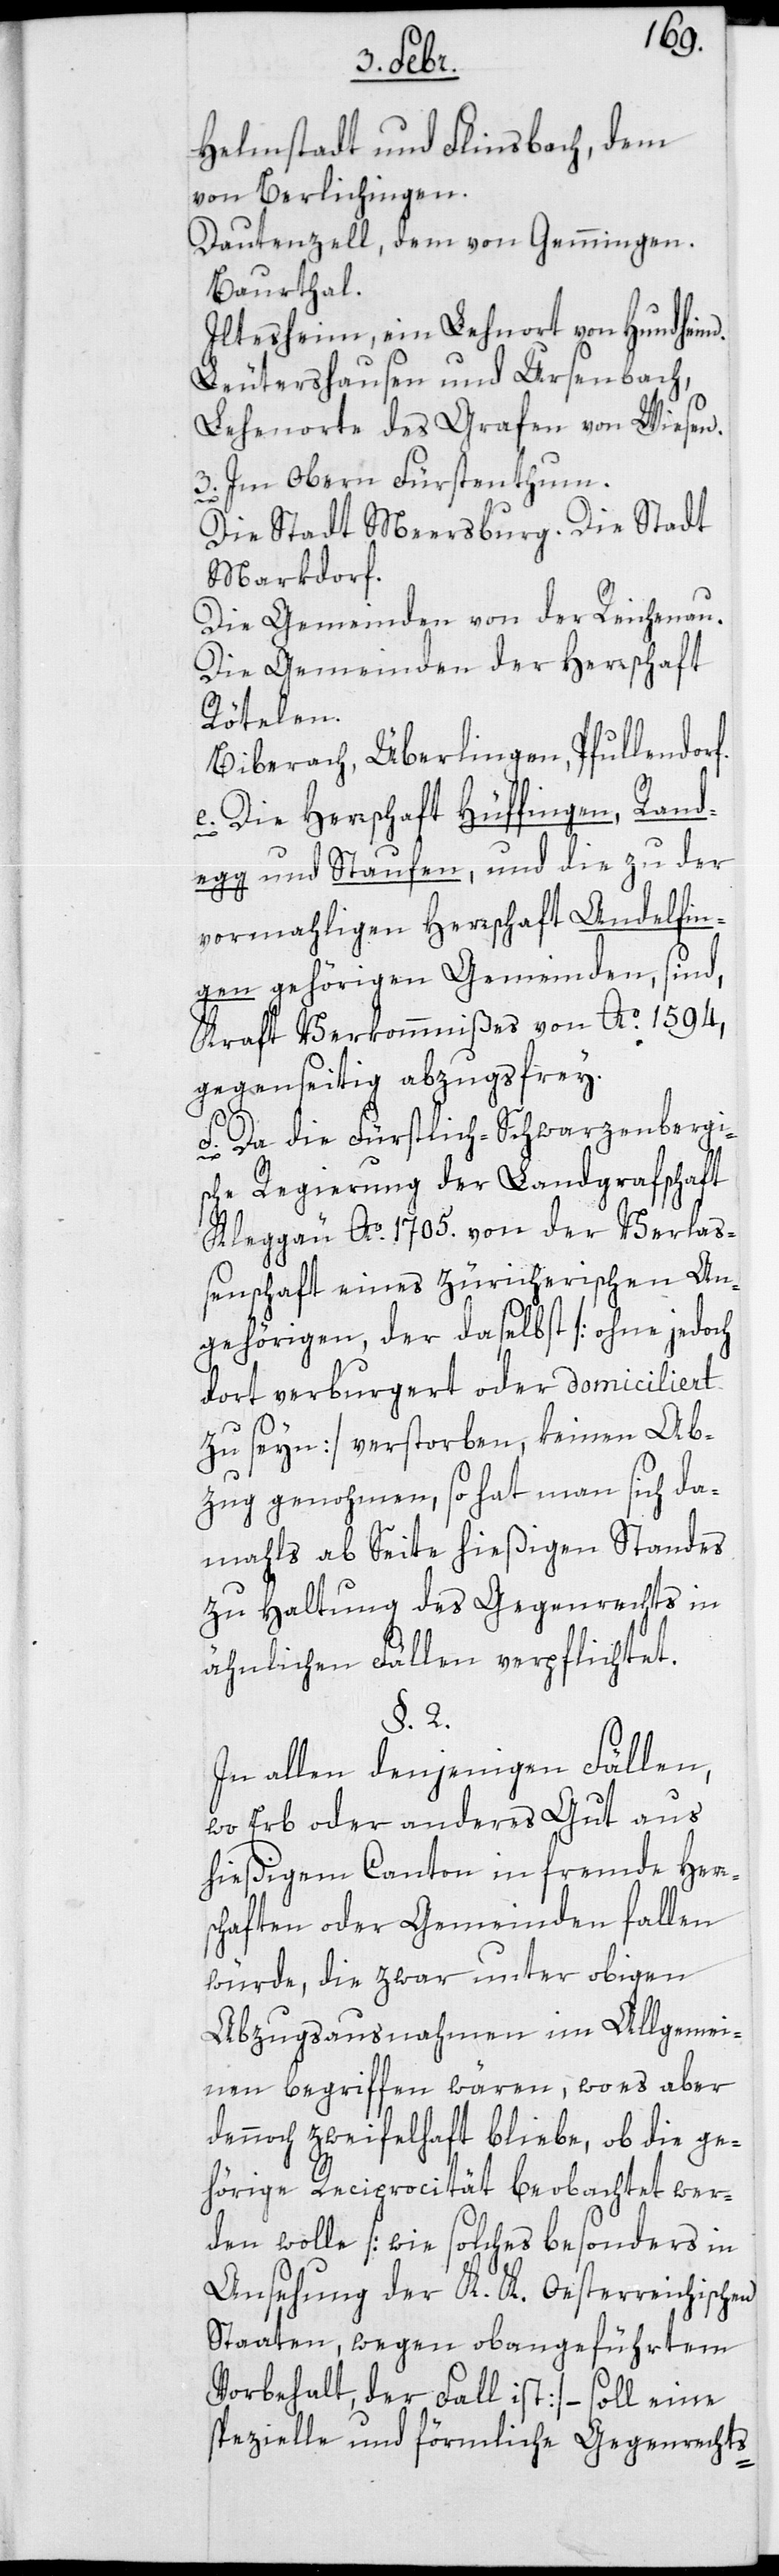
Helmstadt und Flinsbach, dem
von Berlichingen.
Dautenzell, dem von Gemmingen.
Baurthal.
Iltesheim, ein Lehnort von Hundheim.
Leutershausen und Ursenbach,
Lehenorte des Grafen von Wiesen.
3. Im obern Fürstenthum.
Die Stadt Meersburg. Die Stadt
Markdorf.
Die Gemeinden von der Reichenau.
Die Gemeinden der Herrschaft
Rötelen.
Biberach, Überlingen, Pfullendorf.
e. Die Herrschaft Hüffingen, Rand¬
egg und Staufen, und die zu der
vormaligen Herrschaft Andelfin¬
gen gehörigen Gemeinden, sind
kraft Verkomminißes von Ao. 1594.
gegenseitig abzugsfrey.
f. Da die Fürstlich-Schwarzenbergi¬
sche Regierung der Landgrafschaft
Kleggäu Ao 1705. von der Verlaß¬
enschaft eines züricherischen An¬
gehörigen, der daselbst [ohne jedoch
dort verburgert oder domiciliert
zu sein] verstorben, keinen Ab¬
zug genohmen, so hat man sich da¬
mals ab Seite hießigen Standes
zu Haltung des Gegenrechts in
ähnlichen Fällen verpflichtet.
§. 2.
In allen denjenigen Fällen,
wo Erb oder anderes Gut aus
hießigem Canton in fremde Herr¬
schaften oder Gemeinden fallen
würde, die zwar unter obigen
Abzugsausnahmen im Allgemei¬
nen begriffen wären, wo es aber
dennoch zweifelhaft bliebe, ob die ge¬
hörige Reciprocität beobachtet wer¬
den wolle [wie solches besonders in
Ansehung der K. K. Oesterreichischen
Staaten, wegen obangeführtem
Vorbehalt, der Fall ist] – soll eine
spezielle und förmliche Gegenrechts-